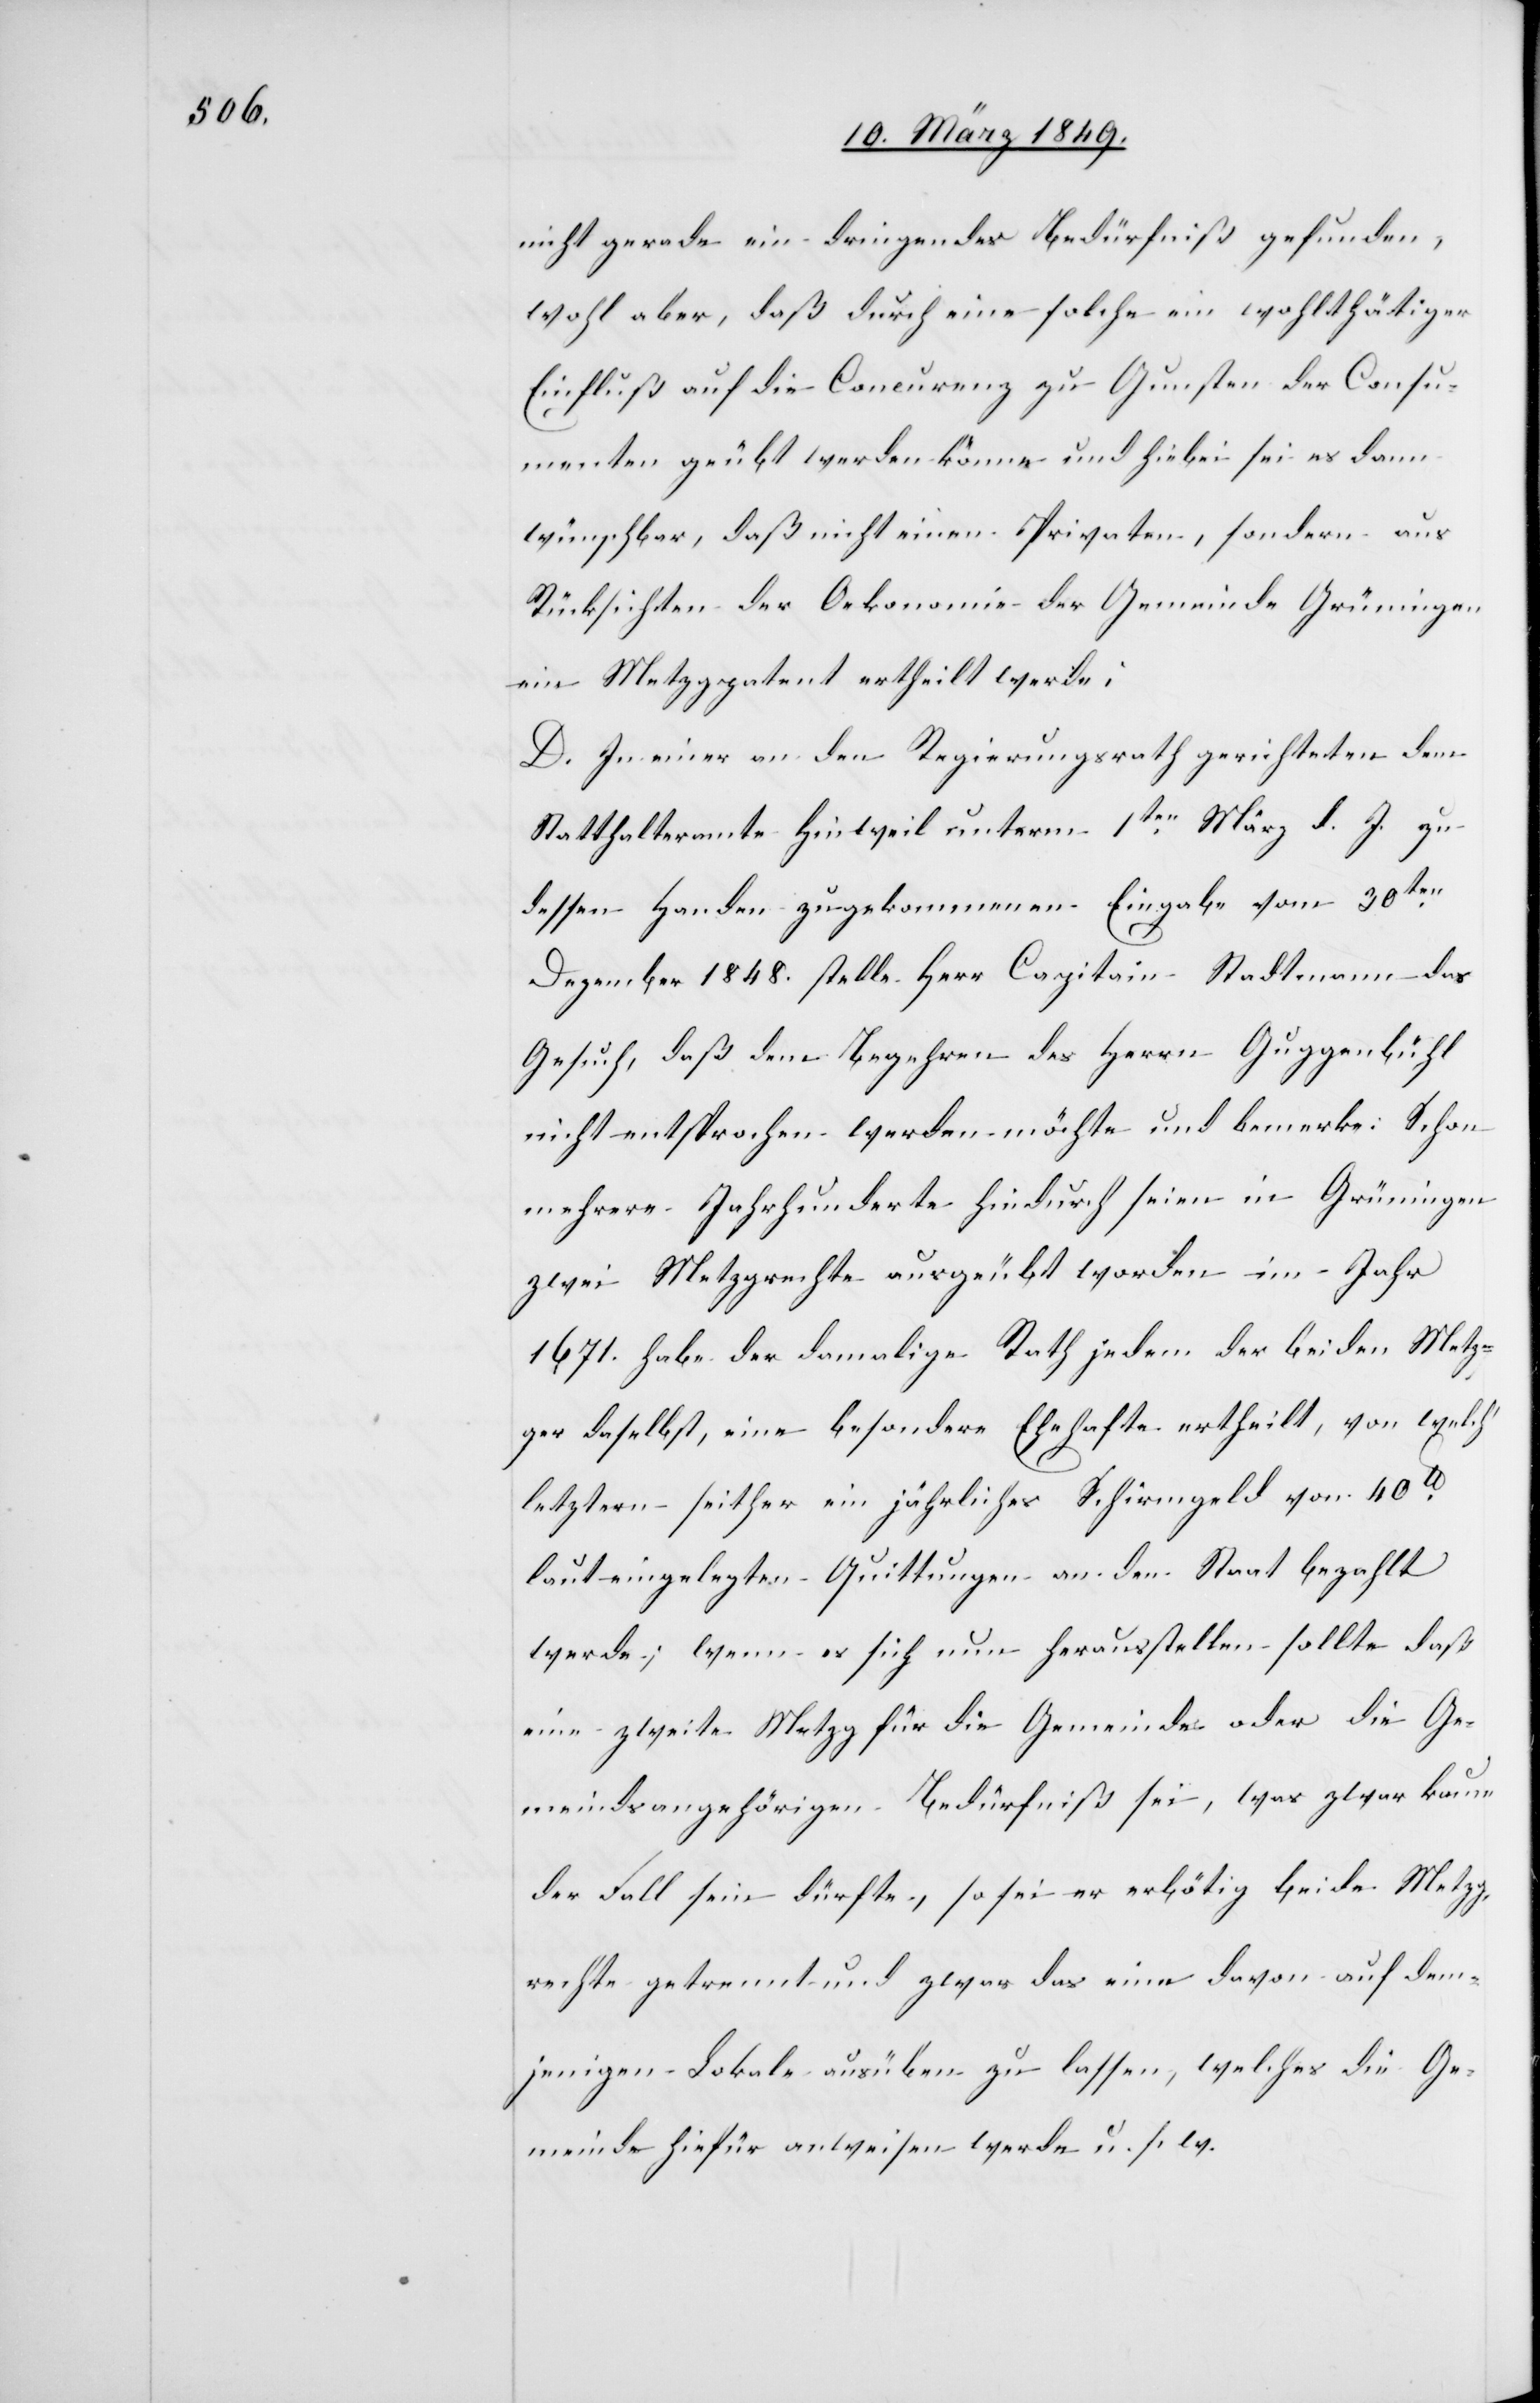
nicht gerade ein dringendes Bedürfniß gefunden,
wohl aber, daß durch eine solche ein wohlthätiger
Einfluß auf die Concurenz zu Gunsten der Consu¬
menten geübt werden könne und hiebei sei es dann
wünschbar, daß nicht einen [sic!] Privaten, sondern aus
Rücksichten der Oekonomie der Gemeinde Grüningen
ein Metzgpatent ertheilt werde;
D. In einer an den Regierungsrath gerichteten dem
Statthalteramte Hinweil unterm 1ten. März d. J. zu
dessen Handen zugekommenen Eingabe vom 30ten.
Dezember 1848. stelle Herr Capitain Stadtmann das
Gesuch, daß dem Begehren des Herrn Guggenbühl
nicht entsprochen werden möchte und bemerke: Schon
mehrere Jahrhunderte hindurch seien in Grüningen
zwei Metzgrechte ausgeübt worden im Jahr
1671 habe der damalige Rath jedem der beiden Metz¬
ger daselbst, eine besondere Ehehafte ertheilt, von welch’
letztern seither ein jährliches Schirmgeld von 40.
laut eingelegten Quittungen an den Staat bezahlt
werde; wenn es sich nun herausstellen sollte daß
eine zweite Metzg für die Gemeinde oder die Ge¬
meindsangehörigen Bedürfniß sei, was zwar kaum
der Fall sein dürfte, so sei er erbötig beide Metzg¬
rechte getrennt und zwar das eine davon auf dem¬
jenigen Lokale ausüben zu lassen, welches die Ge¬
meinde hiefür anweisen werde u. s. w.